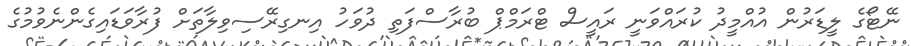
ނޭޓޯގެ ލީޑަރުން އުއްމީދު ކުރައްވަނީ ރައީސް ޓްރަމްޕް ބުރާސްފަތި ދުވަހު އިނގިރޭސިވިލާތަށް ފުރާވަޑައިގެންނެވުމުގެ